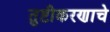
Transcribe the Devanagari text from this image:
तुष्टीकरणाचे